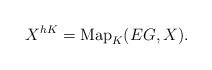
LaTeX: \begin{align*}X^{hK} = \mathrm{Map}_K(EG, X).\end{align*}